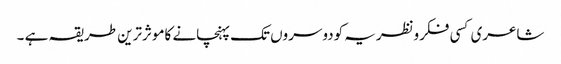
شاعری کسی فکرونظریہ کودوسروں تک پہنچانے کاموثرترین طریقہ ہے ۔